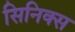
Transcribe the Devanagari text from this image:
सिनिक्स